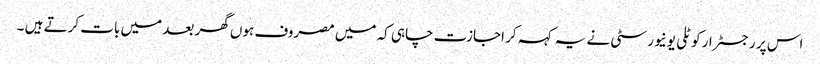
اس پر رجسٹرار کوٹلی یونیورسٹی نے یہ کہہ کر اجازت چاہی کہ میں مصروف ہوں گھر بعد میں بات کرتے ہیں ۔